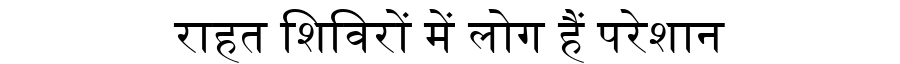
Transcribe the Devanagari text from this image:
राहत शिविरों में लोग हैं परेशान